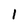
Character: 1